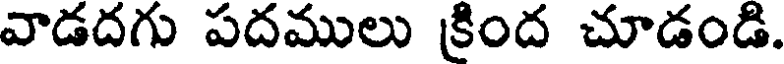
వాడదగు పదములు క్రింద చూడండి.